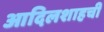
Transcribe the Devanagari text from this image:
आदिलशाहची